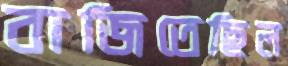
বাজিতেছিল